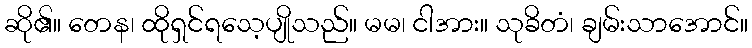
ဆို၏။ တေန၊ ထိုရှင်ရသေ့ပျိုသည်။ မမ၊ ငါအား။ သုခိတံ၊ ချမ်းသာအောင်။